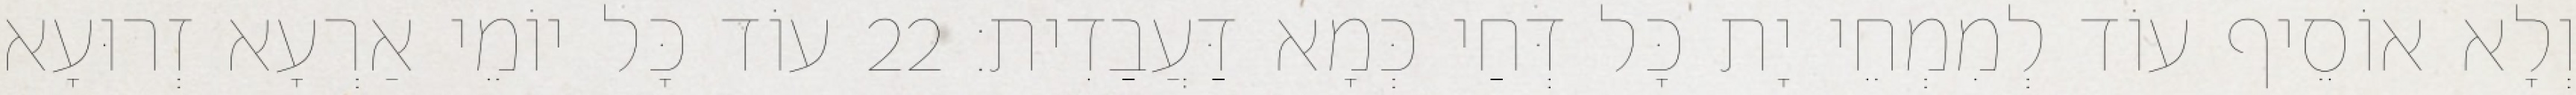
וְלָא אוֹסֵיף עוֹד לְמִמְחֵי יָת כָּל דְּחַי כְּמָא דַּעֲבַדִית׃ 22 עוֹד כָּל יוֹמֵי אַרְעָא זְרוּעָא